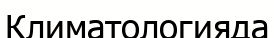
Климатологияда